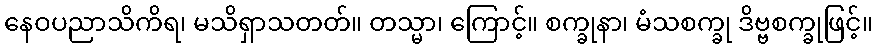
နေဝပညာသိကိရ၊ မသိရှာသတတ်။ တသ္မာ၊ ကြောင့်။ စက္ခုနာ၊ မံသစက္ခု ဒိဗ္ဗစက္ခုဖြင့်။